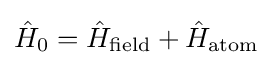
{\hat {H}}_{0}={\hat {H}}_{\text{field}}+{\hat {H}}_{\text{atom}}